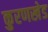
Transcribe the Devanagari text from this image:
कुरणखेड